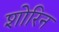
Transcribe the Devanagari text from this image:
शोरिन